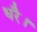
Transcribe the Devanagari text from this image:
धरै।